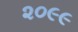
૨૦૯૯